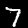
Digit: 7